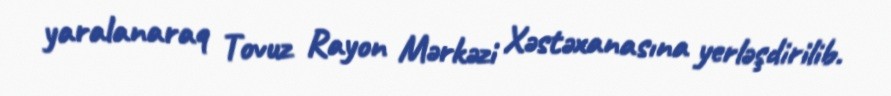
yaralanaraq Tovuz Rayon Mərkəzi Xəstəxanasına yerləşdirilib.